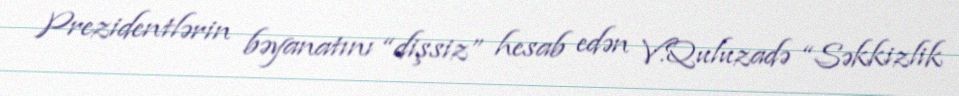
Prezidentlərin bəyanatını “dişsiz” hesab edən V.Quluzadə “Səkkizlik